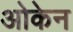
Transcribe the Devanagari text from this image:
ओकेन